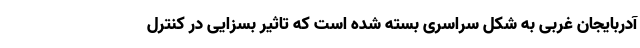
آدربایجان غربی به شکل سراسری بسته شده است که تاثیر بسزایی در کنترل